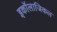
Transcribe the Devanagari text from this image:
इकॉलाजिकल